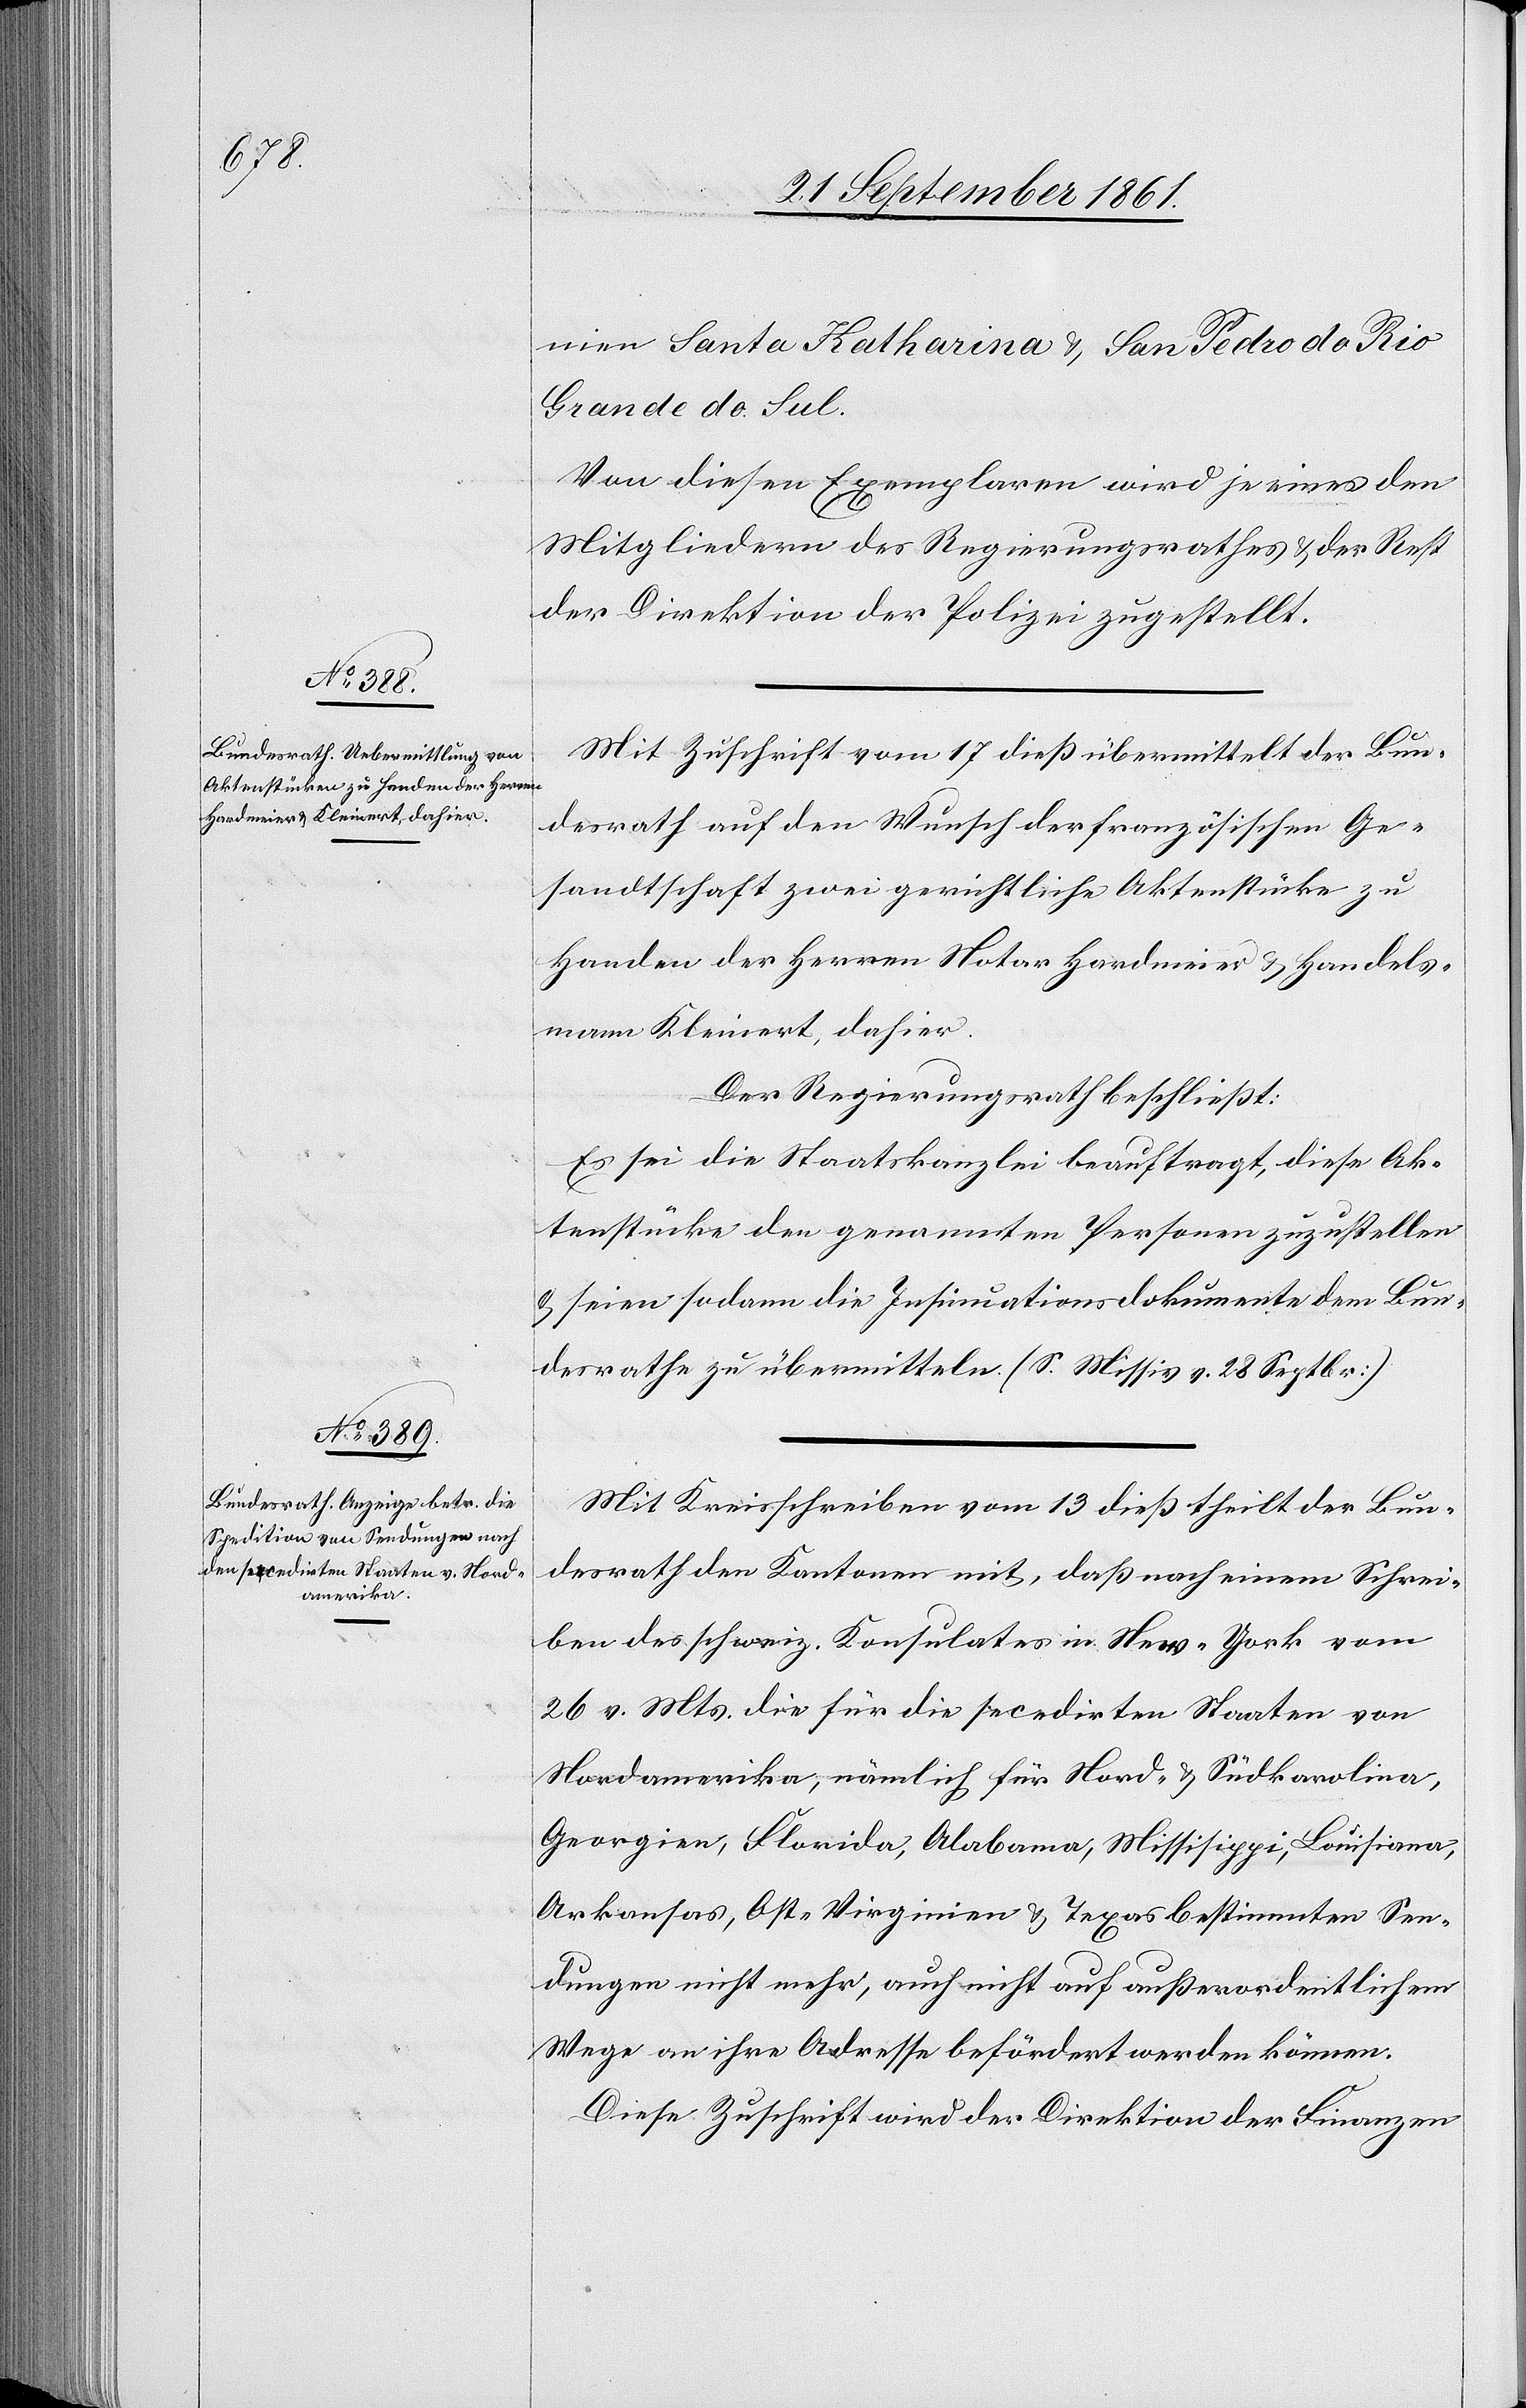
nien Santa Katharina u. San Pedro do Rio
Grande do Sul.
Von diesen Exemplaren wird je eines den
Mitgliedern des Regierungsrathes u. der Rest
der Direktion der Polizei zugestellt.
Mit Zuschrift vom 17 dieß übermittelt der Bun¬
desrath auf den Wunsch der französischen Ge¬
sandtschaft zwei gerichtliche Aktenstücke zu
Handen der Herren Notar Hardmeier u. Handels¬
mann Kleinert, dahier.
Der Regierungsrath beschließt:
Es sei die Staatskanzlei beauftragt, diese Ak¬
tenstücke den genannten Personen zuzustellen
u. seien sodann die Insinuationsdokumente dem Bun¬
desrathe zu übermitteln. (S. Missiv v. 28 Septembr.)
Mit Kreisschreiben vom 13 dieß theilt der Bun¬
desrath den Kantonen mit, daß nach einem Schrei¬
ben des schweiz. Konsulates in New-York vom
26 v. Mts. die für die secedirten Staaten von
Nordamerika, nämlich für Nord- u. Südkarolina,
Georgien, Florida, Alabama, Mississippi, Louisiana,
Arkansas, Ost-Virginien u. Texas bestimmten Sen¬
dungen nicht mehr, auch nicht auf außerordentlichem
Wege an ihre Adresse befördert werden können.
Diese Zuschrift wird der Direktion der Finanzen